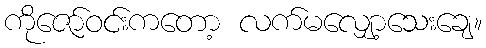
ကိုဇော်ဝင်းကတော့ လက်မလျှော့သေးချေ။